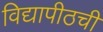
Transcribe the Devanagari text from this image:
विद्यापीठची